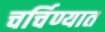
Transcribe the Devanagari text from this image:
चर्चिण्यात